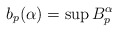
\begin{align*}b_p(\alpha) =\sup B^\alpha_p\end{align*}